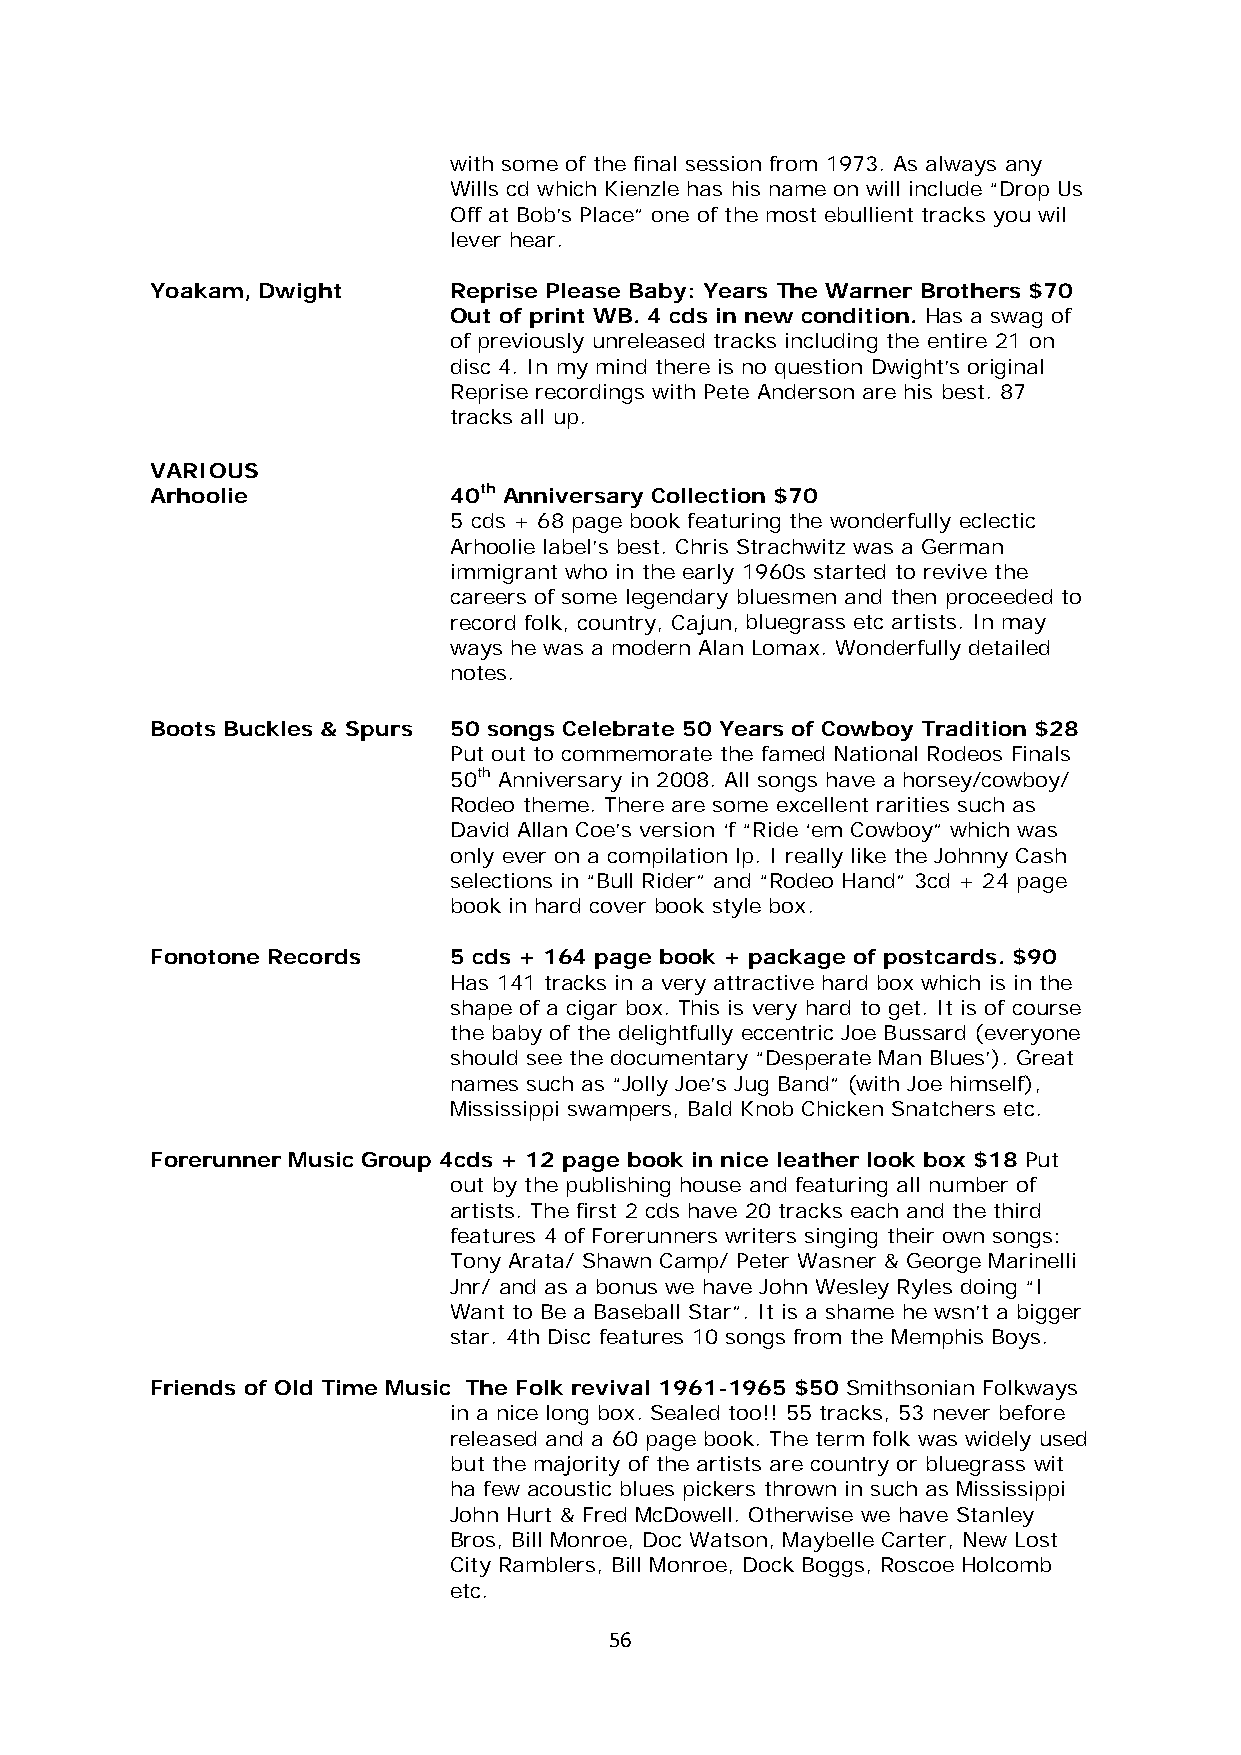
with some of the final session from 1973. As always any
 Wills cd which Kienzle has his name on will include “Drop Us
 Off at Bob’s Place” one of the most ebullient tracks you wil
 lever hear.
 Yoakam, Dwight      Reprise Please Baby: Years The Warner Brothers $70
 Out of print WB. 4 cds in new condition. Has a swag of
 of previously unreleased tracks including the entire 21 on
 disc 4. In my mind there is no question Dwight’s original
 Reprise recordings with Pete Anderson are his best. 87
 tracks all up.
 VARIOUS
 Arhoolie            40th Anniversary Collection $70
 5 cds + 68 page book featuring the wonderfully eclectic
 Arhoolie label’s best. Chris Strachwitz was a German
 immigrant who in the early 1960s started to revive the
 careers of some legendary bluesmen and then proceeded to
 record folk, country, Cajun, bluegrass etc artists. In may
 ways he was a modern Alan Lomax. Wonderfully detailed
 notes.
 Boots Buckles & Spurs 50 songs Celebrate 50 Years of Cowboy Tradition $28
 Put out to commemorate the famed National Rodeos Finals
 50th Anniversary in 2008. All songs have a horsey/cowboy/
 Rodeo theme. There are some excellent rarities such as
 David Allan Coe’s version ‘f “Ride ‘em Cowboy” which was
 only ever on a compilation lp. I really like the Johnny Cash
 selections in “Bull Rider” and “Rodeo Hand” 3cd + 24 page
 book in hard cover book style box.
 Fonotone Records    5 cds + 164 page book + package of postcards. $90
 Has 141 tracks in a very attractive hard box which is in the
 shape of a cigar box. This is very hard to get. It is of course
 the baby of the delightfully eccentric Joe Bussard (everyone
 should see the documentary “Desperate Man Blues’). Great
 names such as “Jolly Joe’s Jug Band” (with Joe himself),
 Mississippi swampers, Bald Knob Chicken Snatchers etc.
 Forerunner Music Group 4cds + 12 page book in nice leather look box $18 Put
 out by the publishing house and featuring all number of
 artists. The first 2 cds have 20 tracks each and the third
 features 4 of Forerunners writers singing their own songs:
 Tony Arata/ Shawn Camp/ Peter Wasner & George Marinelli
 Jnr/ and as a bonus we have John Wesley Ryles doing “I
 Want to Be a Baseball Star”. It is a shame he wsn’t a bigger
 star. 4th Disc features 10 songs from the Memphis Boys.
 Friends of Old Time Music The Folk revival 1961-1965 $50 Smithsonian Folkways
 in a nice long box. Sealed too!! 55 tracks, 53 never before
 released and a 60 page book. The term folk was widely used
 but the majority of the artists are country or bluegrass wit
 ha few acoustic blues pickers thrown in such as Mississippi
 John Hurt & Fred McDowell. Otherwise we have Stanley
 Bros, Bill Monroe, Doc Watson, Maybelle Carter, New Lost
 City Ramblers, Bill Monroe, Dock Boggs, Roscoe Holcomb
 etc.
 56